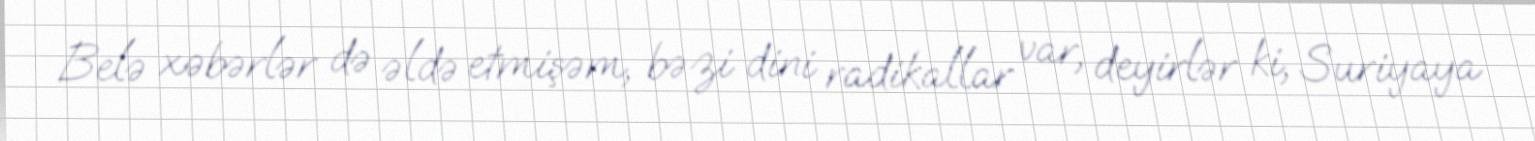
Belə xəbərlər də əldə etmişəm, bəzi dini radikallar var, deyirlər ki, Suriyaya